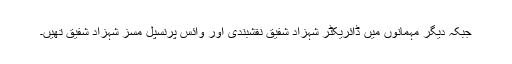
جبکہ دیگر مہمانوں میں ڈائریکٹر شہزاد شفیق نقشبندی اور وائس پرنسپل مسز شہزاد شفیق تھیں۔